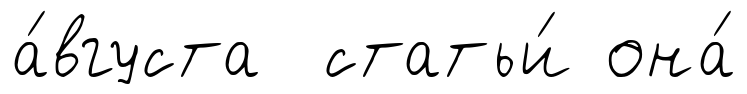
а́вгуста статьи́ она́